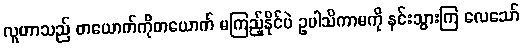
လူဟာသည် တယောက်ကိုတယောက် မကြည့်နိုင်ပဲ ဥပါသိကာမကို နင်းသွားကြ လေသော်